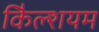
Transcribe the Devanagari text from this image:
कैिल्शयम